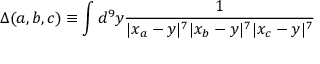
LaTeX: \Delta ( a , b , c ) \equiv \int d ^ { 9 } y { \frac { 1 } { | x _ { a } - y | ^ { 7 } | x _ { b } - y | ^ { 7 } | x _ { c } - y | ^ { 7 } } }